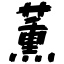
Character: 薫